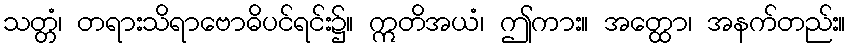
သတ္တံ၊ တရားသိရာဗောဓိပင်ရင်း၌။ ဣတိအယံ၊ ဤကား။ အတ္ထော၊ အနက်တည်း။